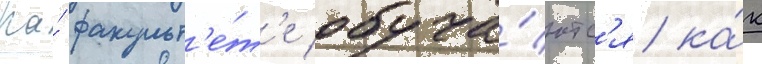
На́ факульт'е́т'е обуча́ютс'я ка́к